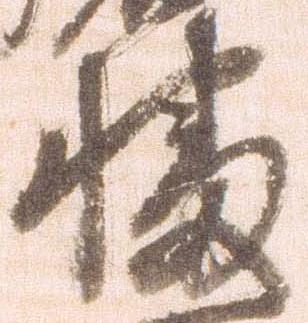
播